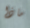
ماذا